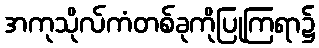
အကုသိုလ်ကံတစ်ခုကိုပြုကြရာ၌